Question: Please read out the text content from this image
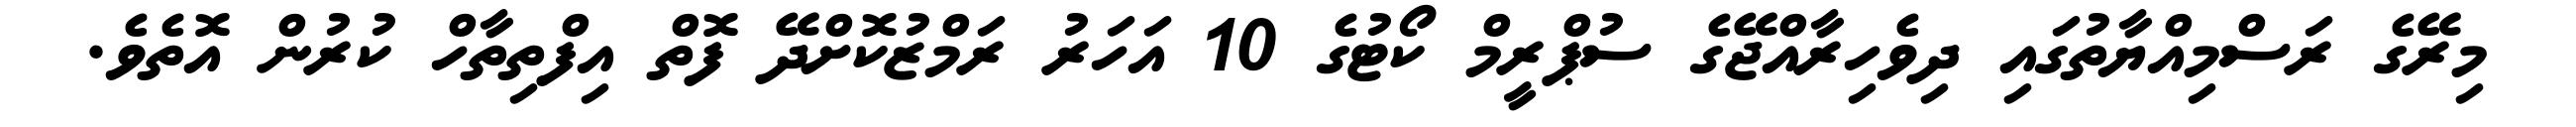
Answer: މިރޭގެ ރަސްމިއްޔާތުގައި ދިވެހިރާއްޖޭގެ ސުޕްރީމް ކޯޓުގެ 10 އަހަރު ރަމްޒުކޮށްދޭ ފޮތް އިފްތިތާހް ކުރުން އޮތެވެ.